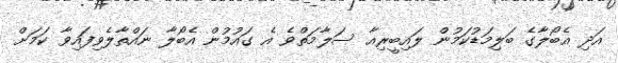
އަދި އެބޯލާގެ ބަލިމަޑުކަމުން ލައިބީރިއާ ސަލާމަތްވެ އެ ގައުމުން އެބޯލާ ނައްތާލެވިފައިވާ ކަމަށް